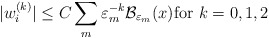
\begin{align*}|w_i^{(k)}|\le C\sum_m\varepsilon_m^{-k}{\cal B}_{\varepsilon_m} (x){\rm for}\,\,k=0,1,2\end{align*}